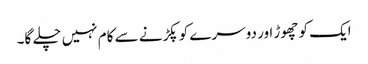
ایک کو چھوڑ اور دوسرے کو پکڑنے سے کام نہیں چلے گا۔